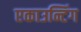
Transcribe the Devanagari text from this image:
एकाउन्टिंग